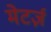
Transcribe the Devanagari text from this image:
मेटर्ज़